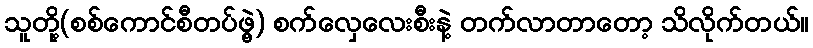
သူတို့(စစ်ကောင်စီတပ်ဖွဲ့) စက်လှေလေးစီးနဲ့ တက်လာတာတော့ သိလိုက်တယ်။